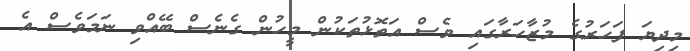
މިދިޔަ ފަހަރުގެ މުޒާހަރާގައި ވެސް އަތޮޅުތަކުން މީހުން ގެނެސް ބޭއްވި ނަމަވެސް އެ